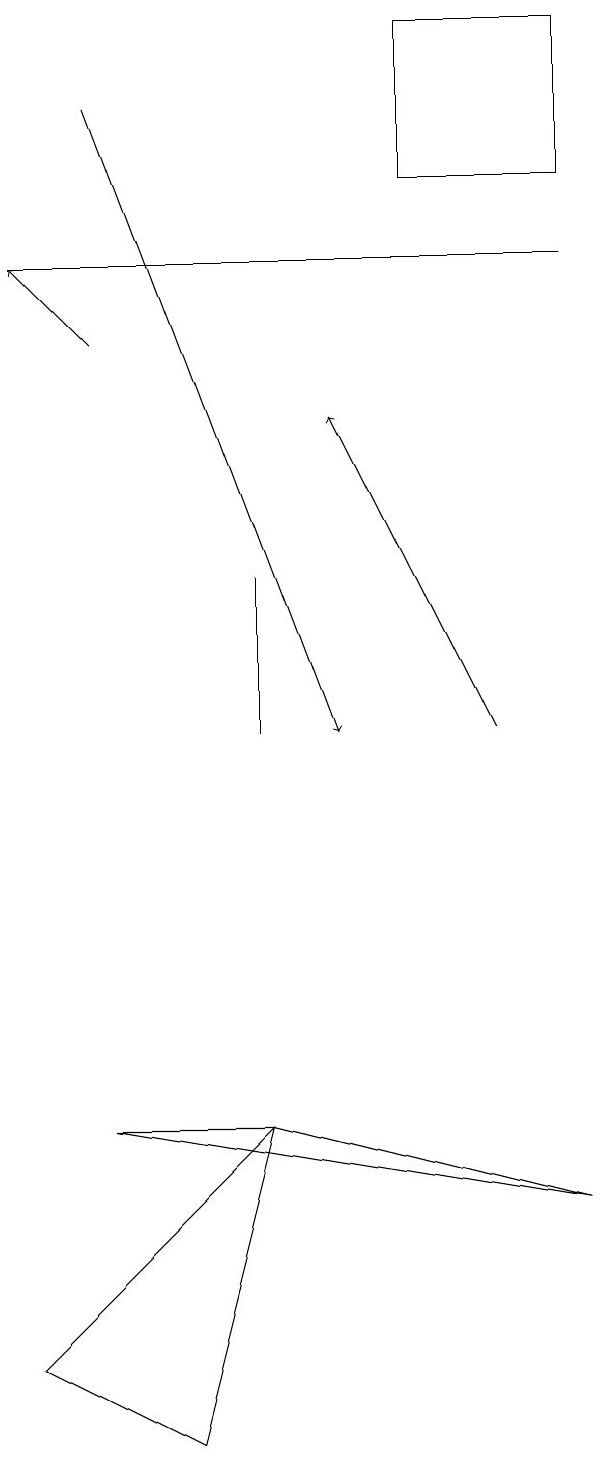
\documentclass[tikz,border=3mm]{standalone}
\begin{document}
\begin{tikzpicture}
\draw (5,19) rectangle (7,17);
\draw (3,10) rectangle (3,12);
\draw (0,16) rectangle (7,16);
\draw[->] (1,18) -- (4,10);
\draw[->] (1,15) -- (0,16);
\draw (2,1) -- (3,5) -- (0,2) -- cycle;
\draw[->] (6,10) -- (4,14);
\draw (3,5) -- (7,4) -- (1,5) -- cycle;
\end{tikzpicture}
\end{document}